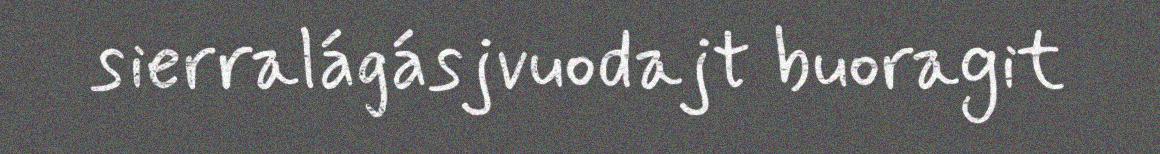
sierralágásjvuodajt buoragit